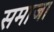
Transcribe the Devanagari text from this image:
समाजा